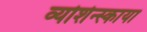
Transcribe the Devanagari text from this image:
व्योशेन्स्काया